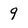
Character: 9